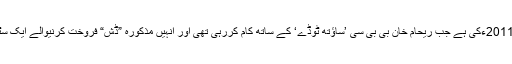
بتایاگیاہے کہ یہ فوٹیج 2011ءکی ہے جب ریحام خان بی بی سی ’ساﺅتھ ٹوڈے‘ کے ساتھ کام کررہی تھی اور اُنہیں مذکورہ ”ڈش“ فروخت کرنیوالے ایک سٹال پر کھڑے دکھایاگیا۔